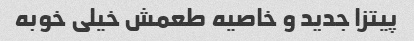
پیتزا جدید و خاصیه طعمش خیلی خوبه